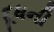
દૂધની